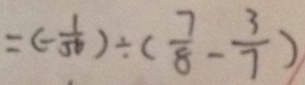
= ( - \frac { 1 } { 5 6 } ) \div ( \frac { 7 } { 8 } - \frac { 3 } { 7 } )